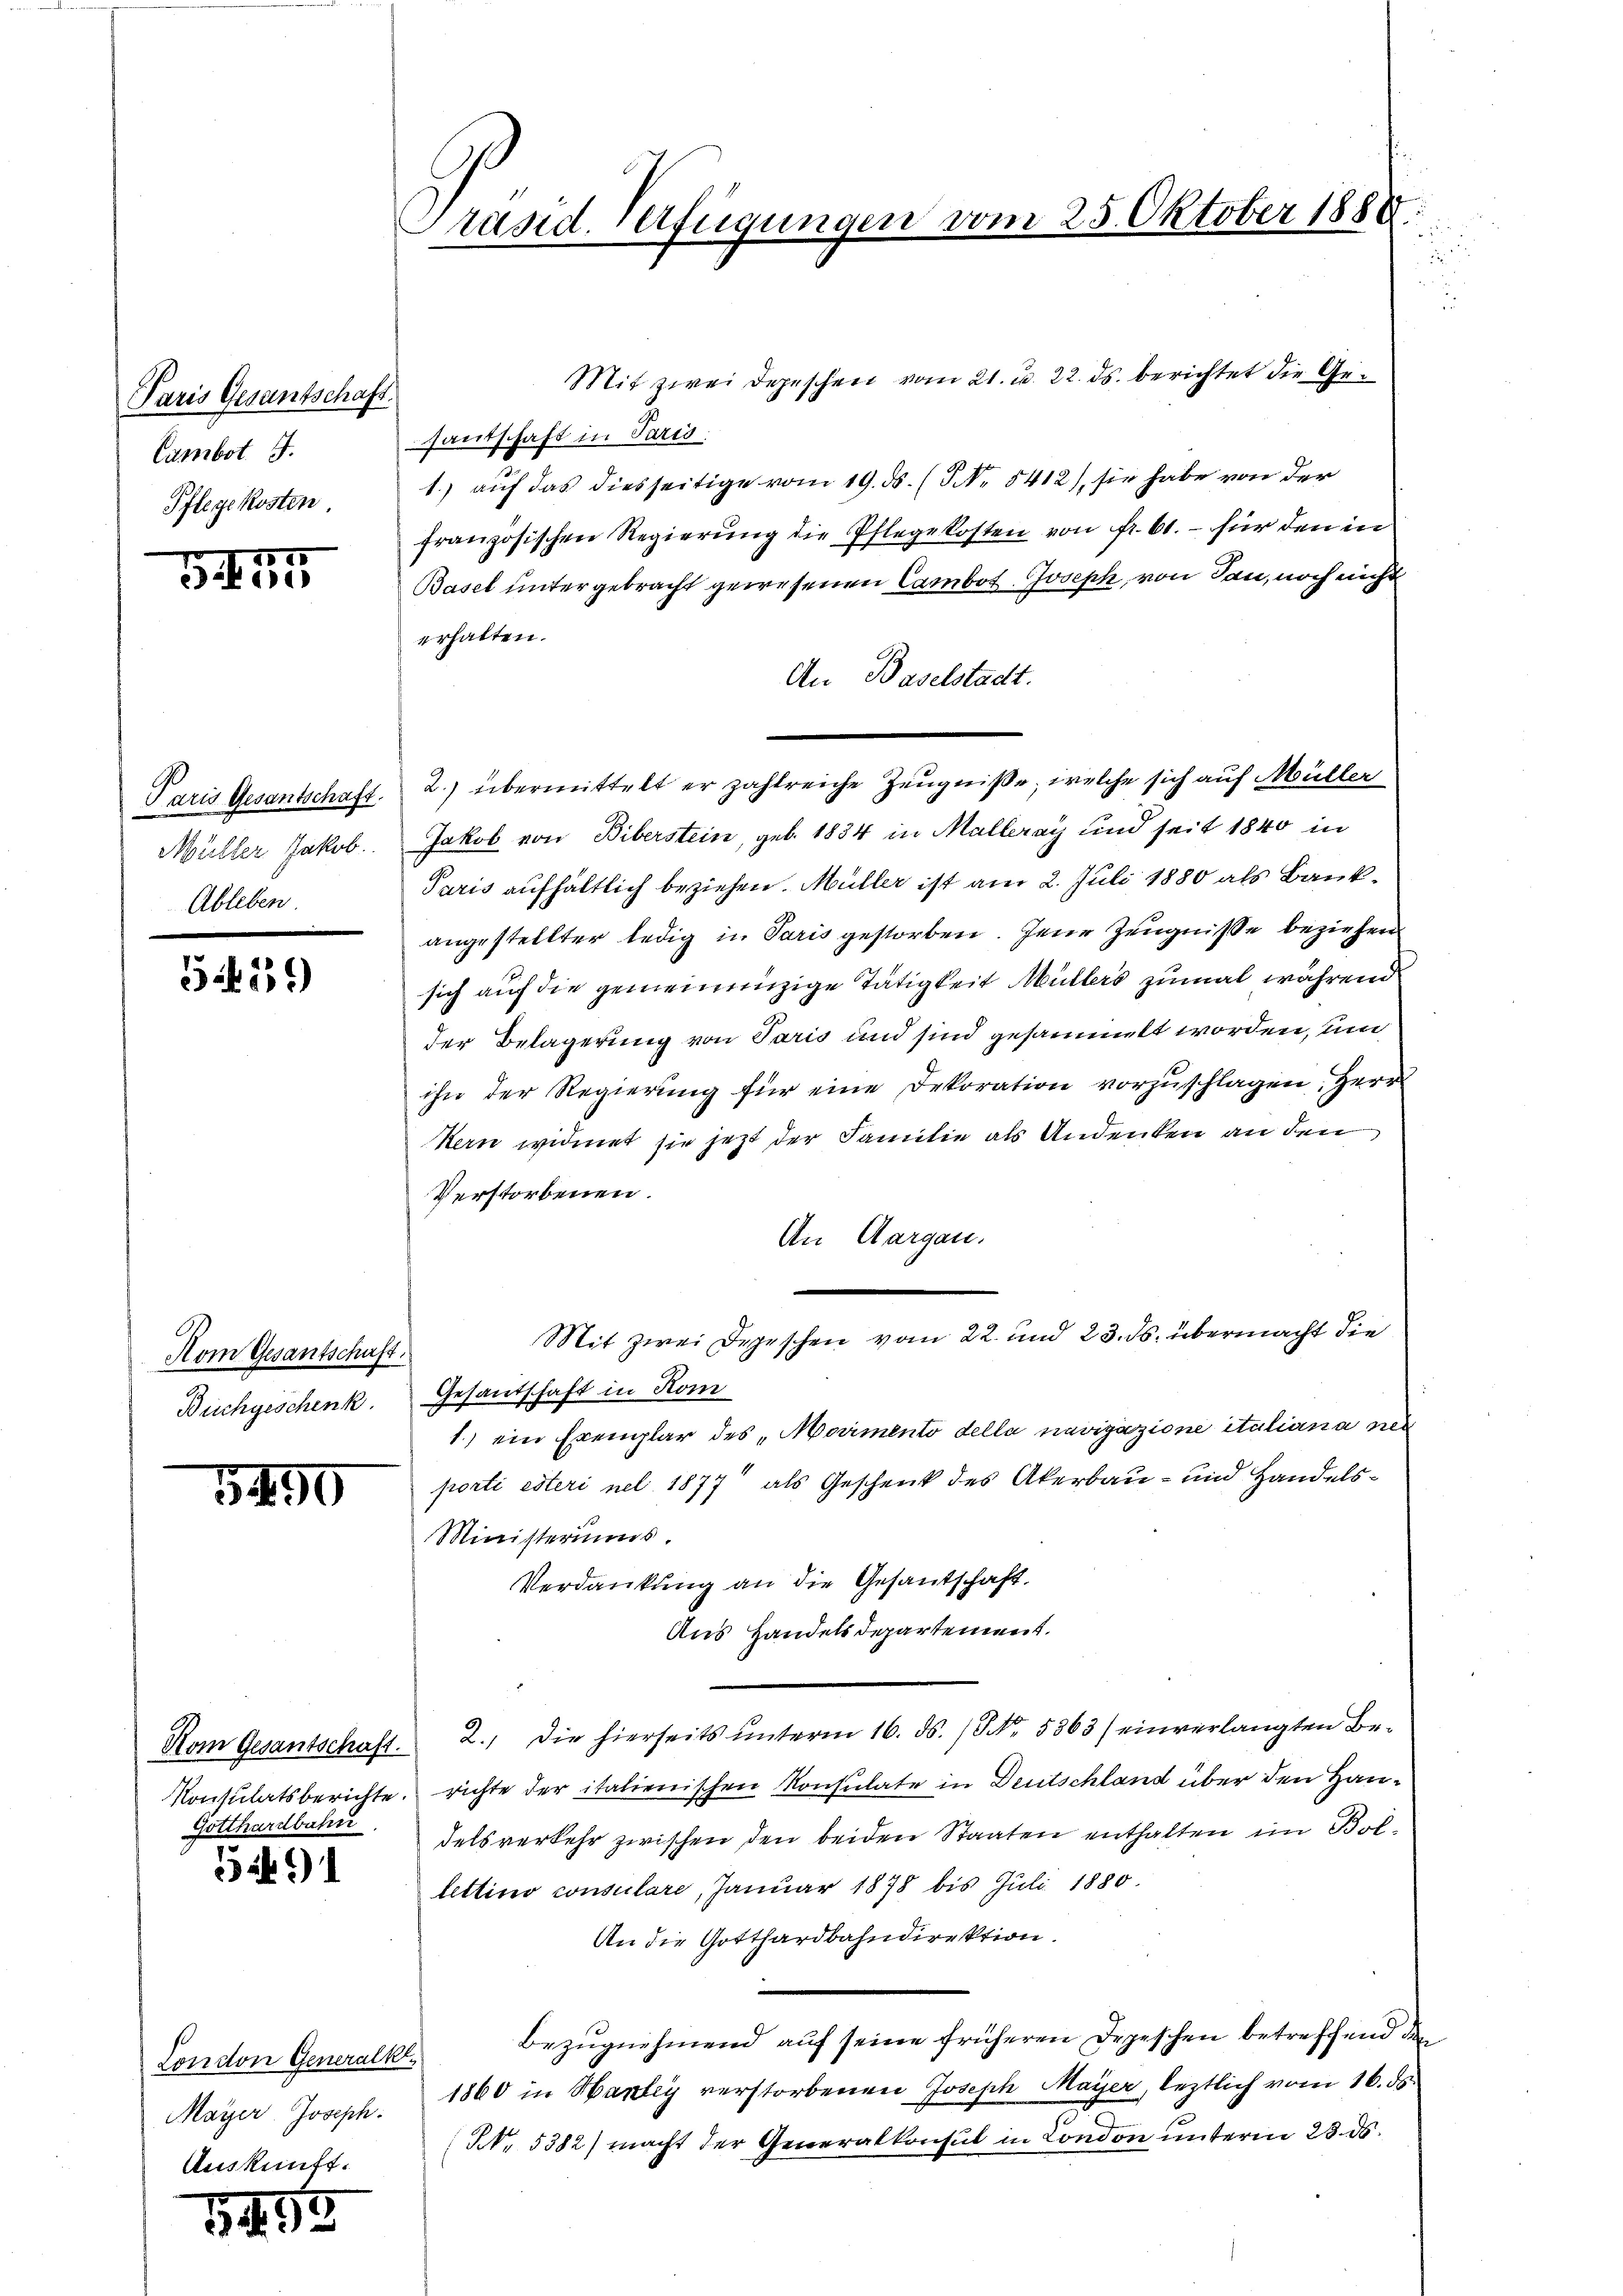
Paris Gesandtschaft.
Cambot. I.
Pflege Kosten

34. 57

Müller Jakob.
Ableben.

545.

Nom Gesantschaft.
Buchgeschenk

5490

Konsulatsberichte.
Gotthardbahn

52491

London Generalk
Auskunft.

39

133.

Präsid. Verfügungen vom 25. Oktober 1888.

Mit zwei Depeschen vom 21. u. 22. ds. berichtet die Gesantschaft in Paris.
1.) auf das diesseitige vom 19. ds. (NNo. 5412), sie habe von der
französischen Regierŭng die Pflegekosten von Fr. 61. - für den in
Basel untergebracht gewesenen Cambot. Joseph, von Tan, noch nicht
erhalten.
An Baselstadt.
Paris Gesantschaft. 2) übermittelt er zahlreiche Zeugniße, welche sich auf Müller
Jakob von Biberstein, geb. 1834 in Malleray und seit 1840 in
Paris aufhältlich beziehen. Müller ist am 2. Juli 1880 als Bankangestellter ledig in Paris gestorben. Jene Zeugnisse beziehen
sich auf die gemeinenzige Tätigkeit Müllers zumal während
der Belagerung von Paris und sind gesammt worden, um
ihn der Regierung für eine Dekoration vorzuschlagen, Herr
Kern widmet sie jetzt der Familie als Andenken an den
Verstorbenen.
An Aargau.
Mit zwei Depeschen vom 22. und 23. ds. übermacht die
Gesandschaft in Kom
1.) ein Exemplar des „Morimento della navigazione italiana neu
porti esteri nel 1877 als Geschenk des Akerbau- und Handels¬
Ministeriums.
Verdankung an die Gesantschaft.
Aus Handelsdepartement.
Hom Gesantschaft. 2. die hierseits ŭnterm 16. ds. / NNo. 5863) einverlangten Be-
richte der italienischen Konsulate in Deutschland über den Handelsverkehr zwischen den beiden Staaten enthalten im Bollettino consulare, Januar 1878 bis Juli 1880.
An die Gotthardbahndirektion.
Bezugnehmend auf seine früheren Depeschen betreffend de
Mayer Joseph. 1860 in Harley verstorbenen Joseph Mayer, leztlich vom 16. ds.
N. 5382) macht der Generalkonsul in London unterm 23. ds.